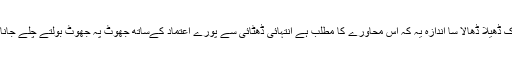
اک ڈھیلا ڈھالا سا اندازہ یہ کہ اس محاورے کا مطلب ہے انتہائی ڈھٹائی سے پورے اعتماد کےساتھ جھوٹ پہ جھوٹ بولتے چلے جانا ۔